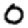
Digit: 0